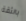
بالثقة